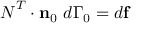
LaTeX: { \boldsymbol { N } } ^ { T } \cdot \mathbf { n } _ { 0 } ~ d \Gamma _ { 0 } = d \mathbf { f }